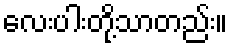
လေးပါးတို့သာတည်း။